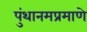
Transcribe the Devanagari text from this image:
पुंथानमप्रमाणे